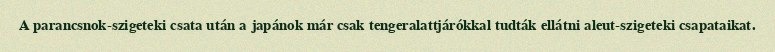
A parancsnok-szigeteki csata után a japánok már csak tengeralattjárókkal tudták ellátni aleut-szigeteki csapataikat.